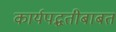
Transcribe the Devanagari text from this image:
कार्यपद्धतीबाबत